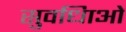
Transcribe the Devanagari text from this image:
सुवधिाओं